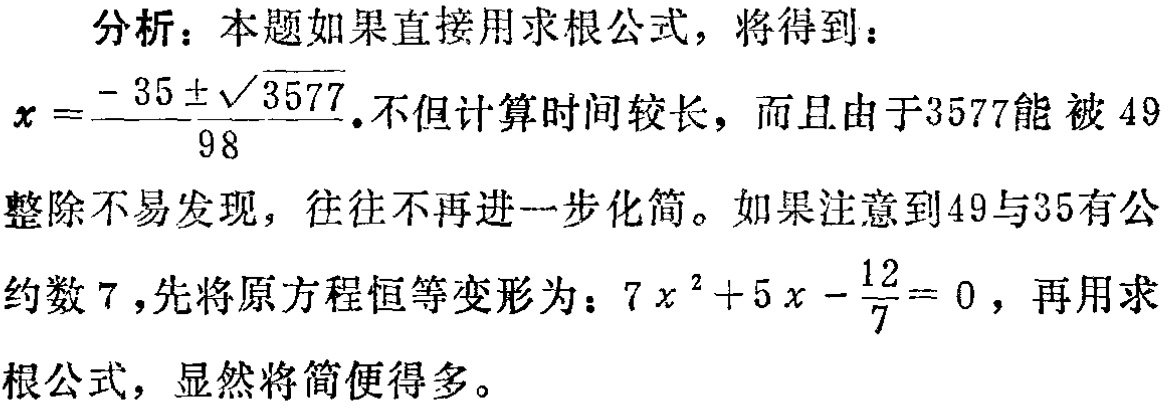
分析：本题如果直接用求根公式，将得到：
\(x = \frac{-35 \pm \sqrt{3577}}{98}\).不但计算时间较长，而且由于3577能被49
整除不易发现，往往不再进一步化简。如果注意到49与35有公
约数7，先将原方程恒等变形为：\(7x^{2}+5x - \frac{12}{7}=0\)，再用求
根公式，显然将简便得多。